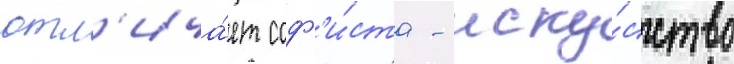
отл'ича́ет соф'и́ста - иску́сство